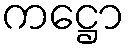
ကဋ္ဌော